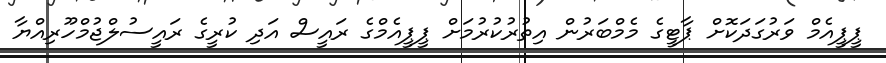
ޕީޕީއެމް ވަރުގަދަކޮށް ޕާޓީގެ މެމްބަރުން އިތުރުކުރުމަށް ޕީޕީއެމްގެ ރައީސް އަދި ކުރީގެ ރައީސުލްޖުމްހޫރިއްޔާ